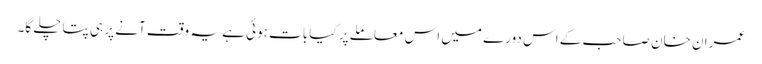
عمران خان صاحب کے اس دورے میں اس معاملے پر کیا بات ہوئی ہے یہ وقت آنے پر ہی پتا چلے گا۔